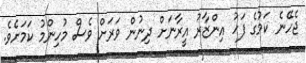
ޖެހޭނެ ކަމުގެ ފަހު އިންޒާރު އީރާނަށް ދިނުން ވަރަށް ވެސް މުހިންމު ކަމަށެވެ.